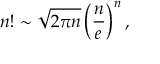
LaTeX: n ! \sim { \sqrt { 2 \pi n } } \left( { \frac { n } { e } } \right) ^ { n } ,